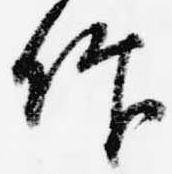
仰